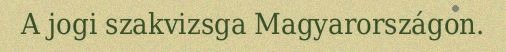
A jogi szakvizsga Magyarországon.